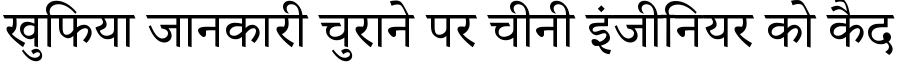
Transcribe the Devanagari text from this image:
खुफिया जानकारी चुराने पर चीनी इंजीनियर को कैद